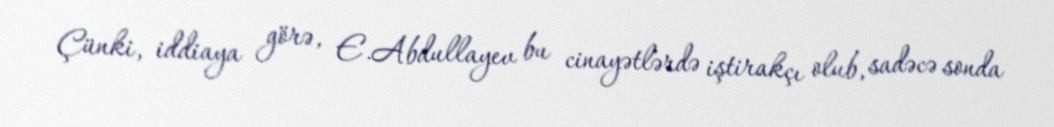
Çünki, iddiaya görə, E.Abdullayev bu cinayətlərdə iştirakçı olub, sadəcə sonda